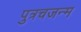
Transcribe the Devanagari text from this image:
पुत्रचजन्म